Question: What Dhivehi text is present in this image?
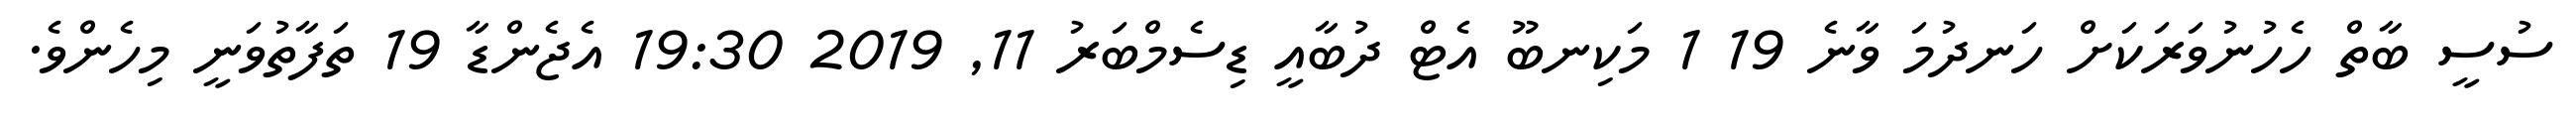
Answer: ސުސީ ބާތް ހެހުނުވަރަކަށް ހަނދުމަ ވާނެ 19 1 މަކިނބޫ އެޓް ދުބާއީ ޑިސެމްބަރު 11, 2019 19:30 އެޖެންޑާ 19 ތަފާތުވަނީ މިހެންވެ.